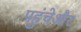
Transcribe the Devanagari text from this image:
पहुंचेऔर